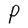
Character: P